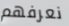
نعرفهم